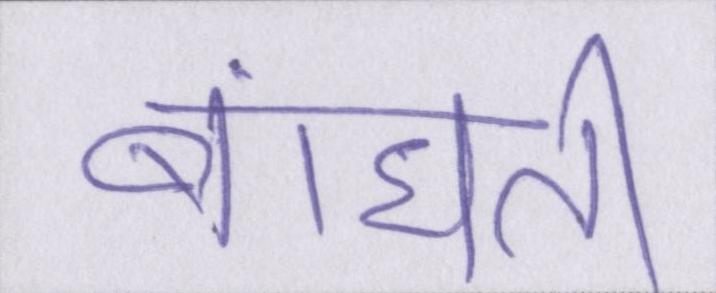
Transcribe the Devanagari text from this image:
बांधती